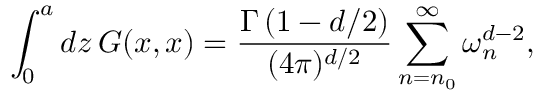
\int _ { 0 } ^ { a } d z \, G ( x , x ) = { \frac { \Gamma \left( 1 - d / 2 \right) } { ( 4 \pi ) ^ { d / 2 } } } \sum _ { n = n _ { 0 } } ^ { \infty } \omega _ { n } ^ { d - 2 } ,